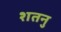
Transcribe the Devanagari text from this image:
शतनु